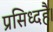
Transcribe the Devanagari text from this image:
प्रसिध्दहै।